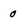
Character: 0